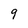
Character: 9